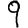
Digit: 9